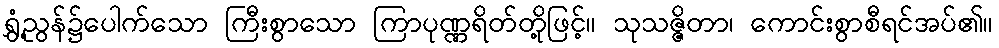
ရွှံ့ညွန်၌ပေါက်သော ကြီးစွာသော ကြာပုဏ္ဏရိတ်တို့ဖြင့်။ သုသဇ္ဇိတာ၊ ကောင်းစွာစီရင်အပ်၏။